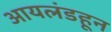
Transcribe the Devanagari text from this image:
आयलंडहून